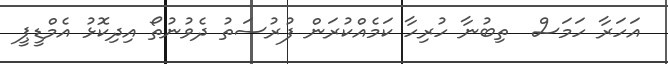
އަހަރާ ހަމަސް  ތިބުނާ ހުރިހާ ކަމެއްކުރަން ފުރުސަތު ދެވުނުތޯ އިދިކޮޅު އެމްޑީޕީ